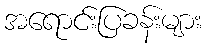
အရောင်းပြခန်းများ